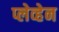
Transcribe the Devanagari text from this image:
प्लेव्हेन